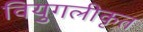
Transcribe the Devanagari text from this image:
वियुगलीकृत